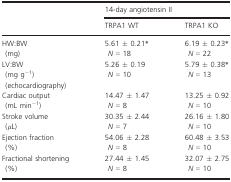
<table><thead><tr><td></td><td colspan="2"><b>14-day angiotensin II</b></td></tr><tr><td></td><td><b>TRPA1 WT</b></td><td><b>TRPA1 KO</b></td></tr></thead><tbody><tr><td>HW:BW</td><td>5.61 ± 0.21*</td><td>6.19 ± 0.23*</td></tr><tr><td> (mg)</td><td> <i>N</i> = 18</td><td> <i>N</i> = 22</td></tr><tr><td>LV:BW</td><td>5.26 ± 0.19</td><td>5.79 ± 0.38*</td></tr><tr><td> (mg g<sup>−1</sup>)</td><td> <i>N</i> = 10</td><td> <i>N</i> = 13</td></tr><tr><td> (echocardiography)</td><td></td><td></td></tr><tr><td>Cardiac output</td><td>14.47 ± 1.47</td><td>13.25 ± 0.92</td></tr><tr><td> (mL min<sup>−1</sup>)</td><td> <i>N</i> = 8</td><td> <i>N</i> = 10</td></tr><tr><td>Stroke volume</td><td>30.35 ± 2.44</td><td>26.16 ± 1.80</td></tr><tr><td> (<i>μ</i>L)</td><td> <i>N</i> = 7</td><td> <i>N</i> = 10</td></tr><tr><td>Ejection fraction</td><td>54.06 ± 2.28</td><td>60.48 ± 3.53</td></tr><tr><td> (%)</td><td> <i>N</i> = 8</td><td> <i>N</i> = 10</td></tr><tr><td>Fractional shortening</td><td>27.44 ± 1.45</td><td>32.07 ± 2.75</td></tr><tr><td> (%)</td><td> <i>N</i> = 8</td><td> <i>N</i> = 10</td></tr></tbody></table>